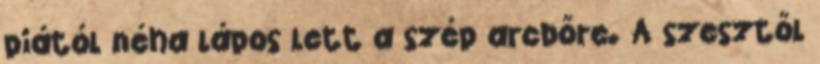
piától néha lápos lett a szép arcbőre. A szesztől